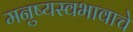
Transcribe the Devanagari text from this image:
मनुष्यस्वभावाचे